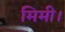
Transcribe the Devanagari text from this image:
मिमी।